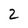
Character: 2